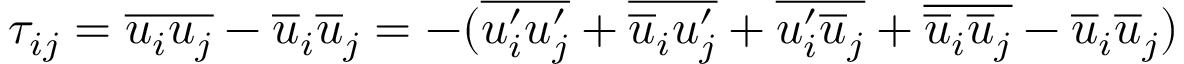
\tau _ { i j } = \overline { { u _ { i } u _ { j } } } - \overline { { u } } _ { i } \overline { { u } } _ { j } = - ( \overline { { u _ { i } ^ { \prime } u _ { j } ^ { \prime } } } + \overline { { \overline { { u } } _ { i } u _ { j } ^ { \prime } } } + \overline { { u _ { i } ^ { \prime } \overline { { u } } _ { j } } } + \overline { { \overline { { u } } _ { i } \overline { { u } } _ { j } } } - \overline { { u } } _ { i } \overline { { u } } _ { j } )